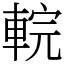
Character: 輐